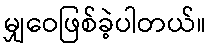
မျှဝေဖြစ်ခဲ့ပါတယ်။